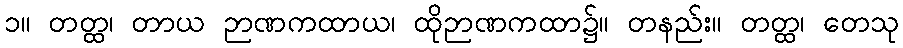
၁။ တတ္ထ၊ တာယ ဉာဏကထာယ၊ ထိုဉာဏကထာ၌။ တနည်း။ တတ္ထ၊ တေသု